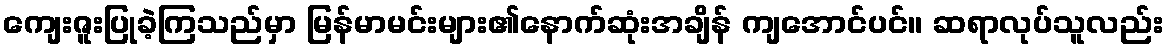
ကျေးဇူးပြုခဲ့ကြသည်မှာ မြန်မာမင်းများ၏နောက်ဆုံးအချိန် ကျအောင်ပင်။ ဆရာလုပ်သူလည်း